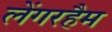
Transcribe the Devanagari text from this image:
लेंगरहैम